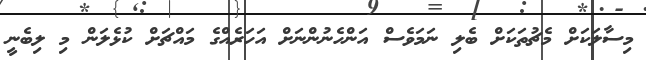
މިސާލަކަށް މެޗުތަކަށް ބެލި ނަމަވެސް އަންހެނުންނަށް އަހަރެއްގެ މައްޗަށް ކުޅެލަން މި ލިބެނީ